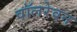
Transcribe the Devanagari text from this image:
वॉलरेवन